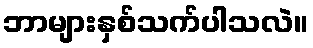
ဘာများနှစ်သက်ပါသလဲ။